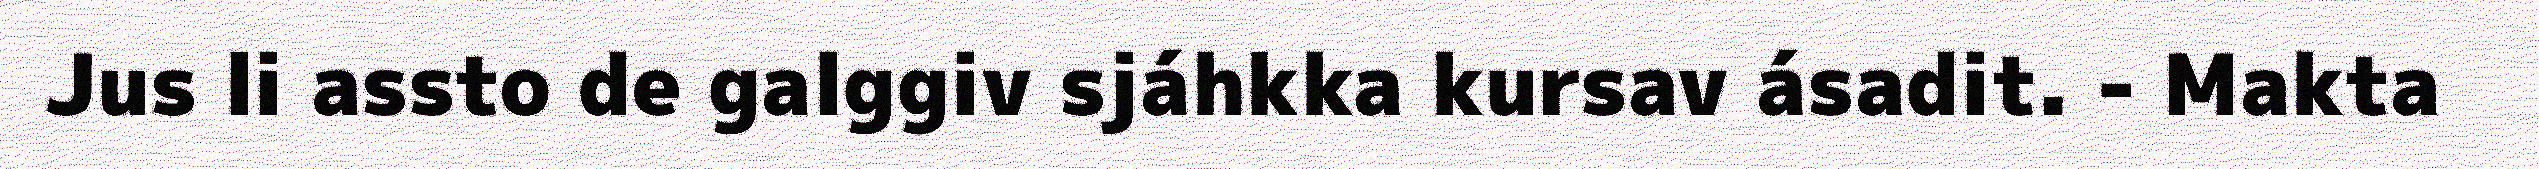
Jus li assto de galggiv sjáhkka kursav ásadit. - Makta